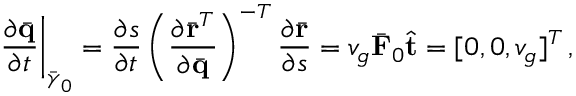
\left. \frac { \partial \bar { \bf q } } { \partial t } \right| _ { \bar { \boldsymbol { \gamma } } _ { 0 } } = \frac { \partial s } { \partial t } \left( \frac { \partial \bar { \bf r } ^ { T } } { \partial \bar { \bf q } } \right) ^ { - T } \frac { \partial \bar { \bf r } } { \partial s } = v _ { g } \bar { \bf F } _ { 0 } \hat { \bf t } = [ 0 , 0 , v _ { g } ] ^ { T } \, ,